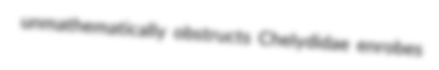
unmathematically obstructs Chelydidae enrobes